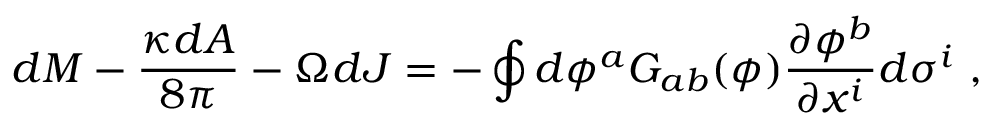
d M - { \frac { \kappa d A } { 8 \pi } } - \Omega d J = - \oint { d \phi ^ { a } G _ { a b } ( \phi ) { \frac { \partial \phi ^ { b } } { \partial x ^ { i } } } d \sigma ^ { i } } \ ,